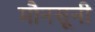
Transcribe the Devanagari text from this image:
मौनसूनी